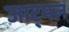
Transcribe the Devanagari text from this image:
जाट्मल